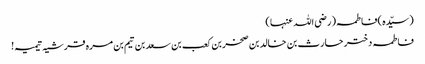
(سیّدہ )فاطمہ(رضی اللہ عنہا)
فاطمہ دختر حارث بن خالد بن صخربن کعب بن سعد بن تیم بن مرہ قرشیہ تیمیہ!